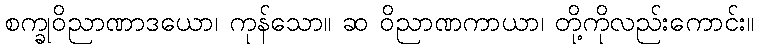
စက္ခုဝိညာဏာဒယော၊ ကုန်သော။ ဆ ဝိညာဏကာယာ၊ တို့ကိုလည်းကောင်း။